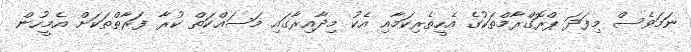
ނަމަވެސް މިފަދަ ޕްރޮގްރާމްތަކުގެ އެހީތެރިކަމާއި އެކު މިދާއިރާގަައި މަސައްކަތް ކުރާ ފަރާތްތަކަށް އެމީހުން